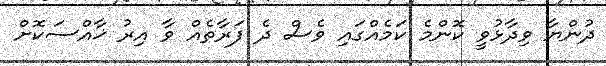
ދުންޔާ ވިދާޅުވީ ކޮންމެ ކަމެއްގައި ވެސް ދެ ފަރާތެއް ވާ އިރު ޚާއްސަކޮށް